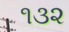
૧૩૨